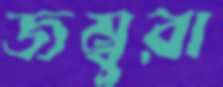
জম্বুরা